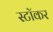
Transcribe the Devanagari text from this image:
स्टॉकर